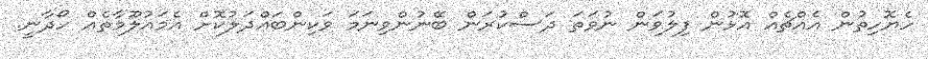
ހެޔޮހިތުން އެއްޗެއް އޮޅުން ފިލުވަން ނުވަތަ ދަސްކުރަން ބޭނުންވިނަމަ ވަކިންބައްދަލުކޮށް އެމައުލޫމާތެއް ހޯދާނީ.